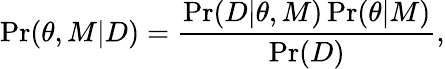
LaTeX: \operatorname*{Pr}(\theta,M|D)=\frac{\operatorname*{Pr}(D|\theta,M)\operatorname*{Pr}(\theta|M)}{\operatorname*{Pr}(D)},